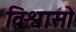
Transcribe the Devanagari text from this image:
विश्वासो